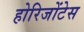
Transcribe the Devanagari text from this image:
होरिजोंटेस